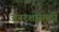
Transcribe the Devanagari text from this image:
अनरशासाठी